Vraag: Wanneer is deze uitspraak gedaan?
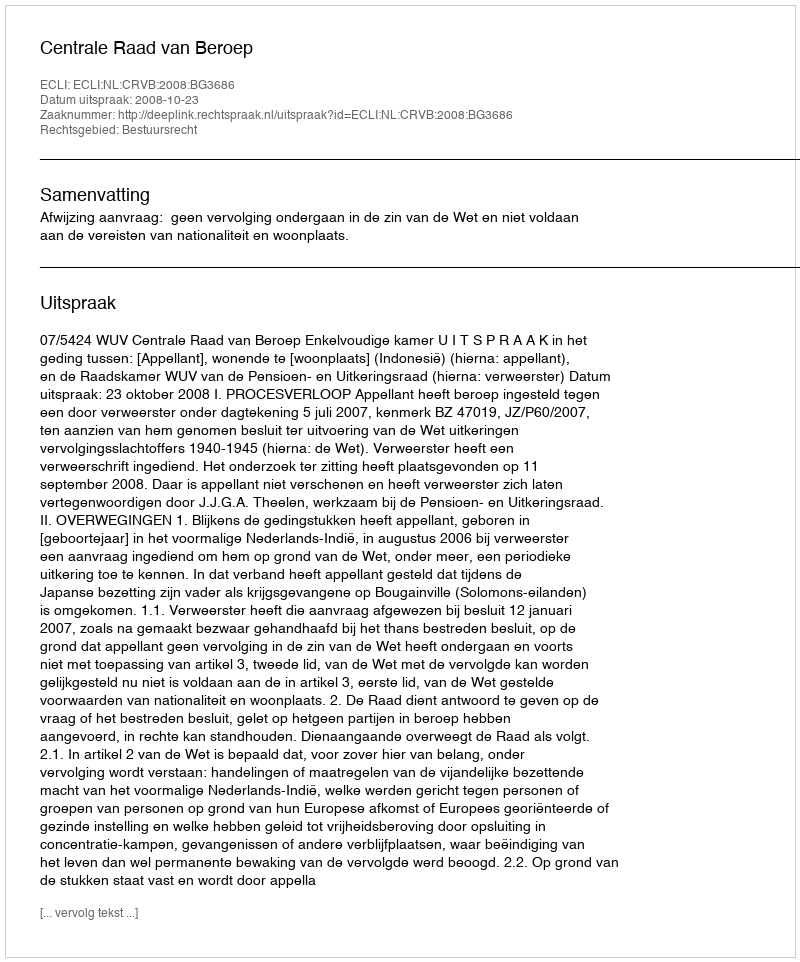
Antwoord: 2008-10-23